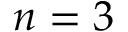
n = 3